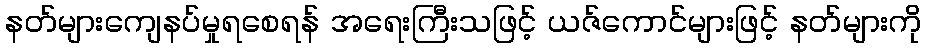
နတ်များကျေနပ်မှုရစေရန် အရေးကြီးသဖြင့် ယဇ်ကောင်များဖြင့် နတ်များကို